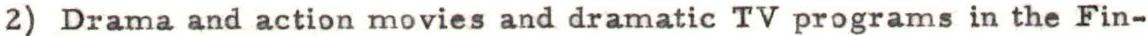
2) Drama and action movies and dramatic TV programs in the Fin-